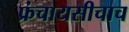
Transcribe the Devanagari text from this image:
फ्रंचायसीचाच